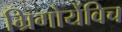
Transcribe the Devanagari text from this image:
ग्रिगोर्येविच